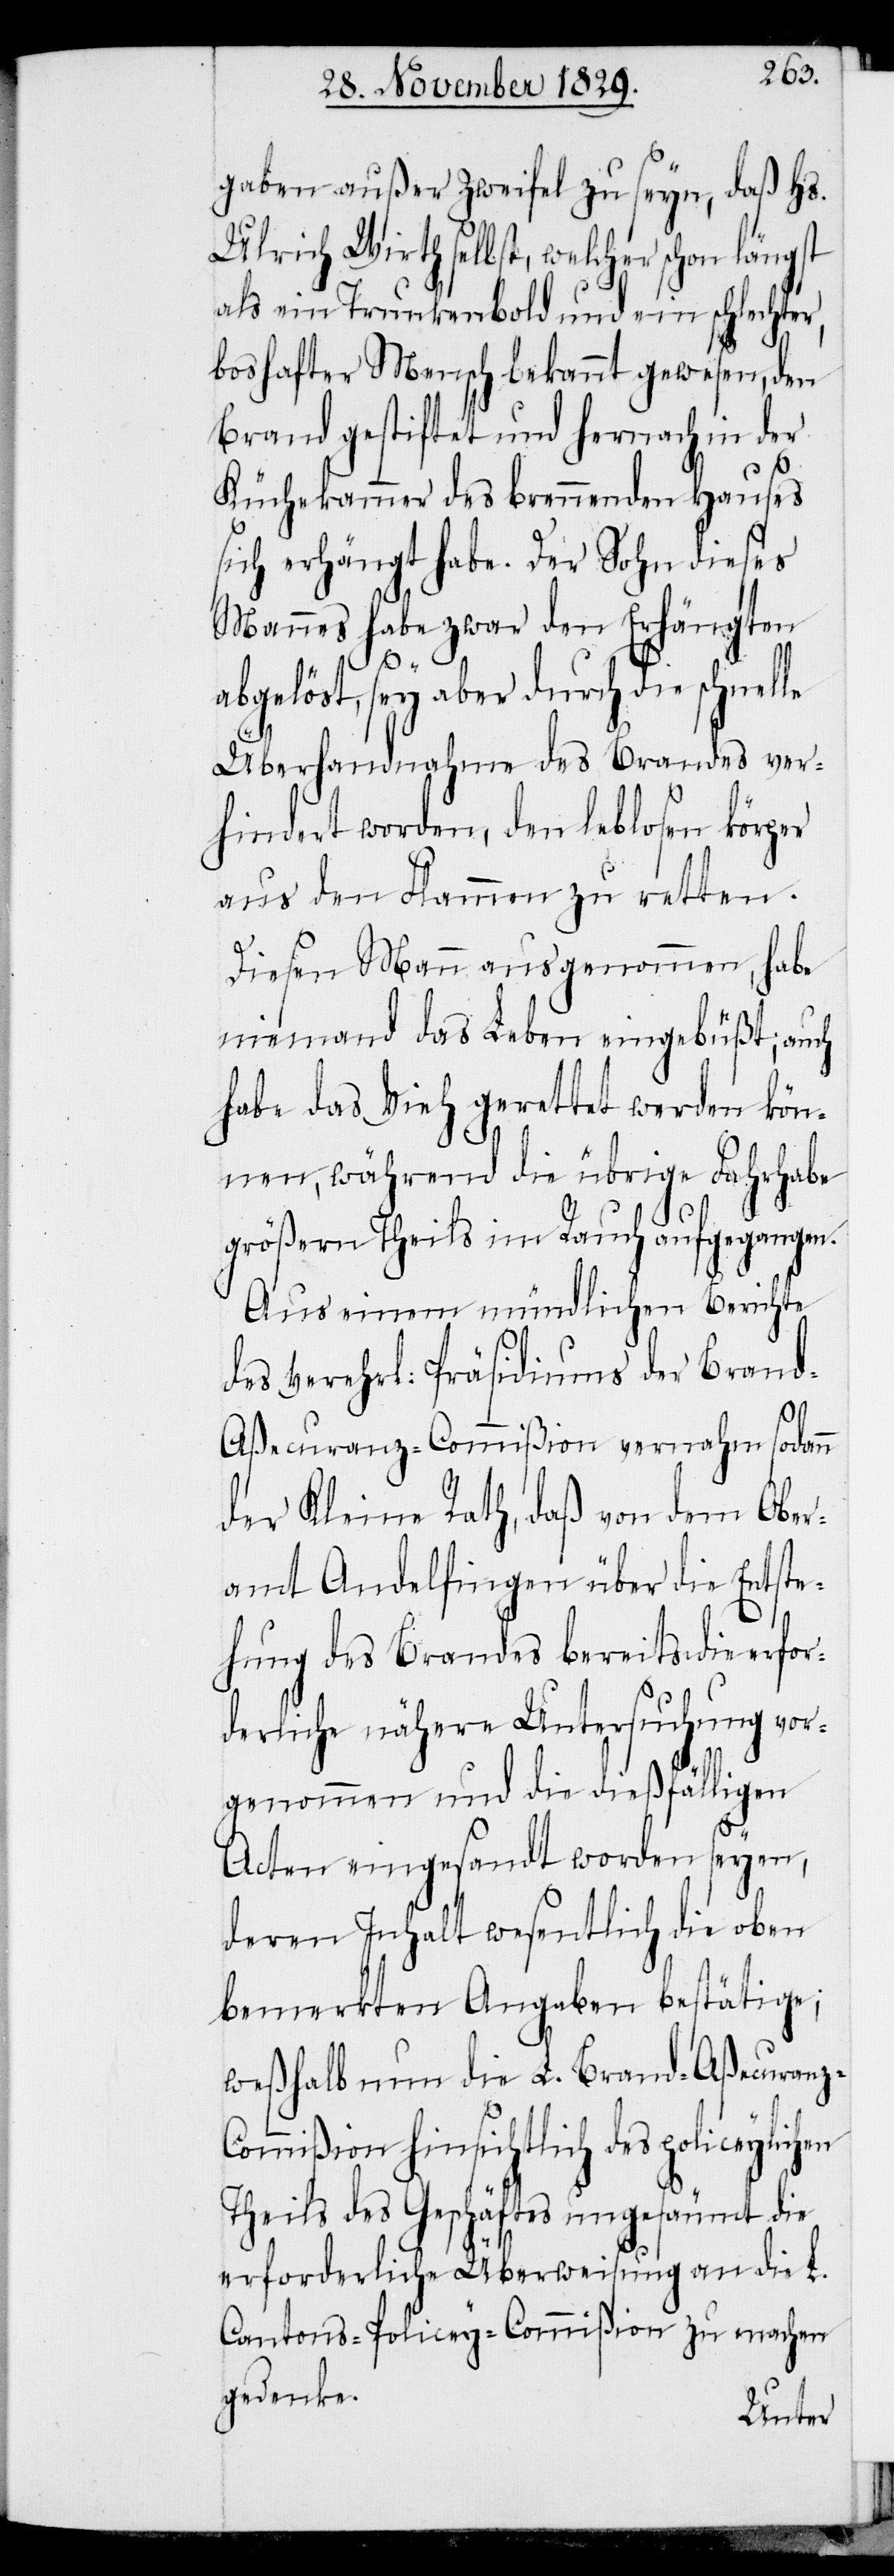
gaben außer Zweifel zu seyn, daß Hs.
Ulrich Wirth selbst, welcher schon längst
als ein Trunkenbold und ein schlechter,
boshafter Mensch bekannt gewesen, den
Brand gestiftet und hernach in der
Küchekammer des brennenden Hauses
sich erhängt habe. Der Sohn dieses
Mannes habe zwar den Erhängten
abgelöst, sey aber durch die schnelle
Überhandnahme des Brandes ver¬
hindert worden, den leblosen körper
aus den Flammen zu retten.
Diesen Mann ausgenommen, habe
niemand das Leben eingebüßt; auch
habe das Vieh gerettet werden kön¬
nen, während die übrige Fahrhabe
größern Theils im Rauch aufgegangen.
Aus einem mündlichen Berichte
des verehrl: Präsidiums der Bran¬
d-Aßecuranz-Commißion vernahm sodann
der Kleine Rath, daß von dem Ober¬
amt Andelfingen über die Entste¬
hung des Brandes bereits die erfor¬
derliche nähere Untersuchung vor¬
genommen und die dießfälligen
Acten eingesandt worden seyen,
deren Inhalt wesentlich die oben
bemerkten Angaben bestätige;
weßhalb nun die L. Brand-Aßecuran¬
z-Commißion hinsichtlich des policeylichen
Theils des Geschäftes ungesäumt die
erforderliche Überweisung an die L.
Cantons-Polizey-Commißion zu machen
gedenke.